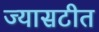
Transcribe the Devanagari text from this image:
ज्यासटीत